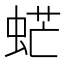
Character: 𧋽